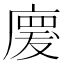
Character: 𢊤